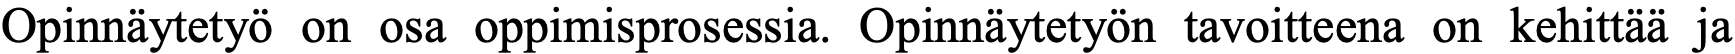
Opinnäytetyö on osa oppimisprosessia. Opinnäytetyön tavoitteena on kehittää ja